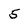
Character: 5